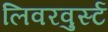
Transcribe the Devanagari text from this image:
लिवरवुर्स्ट